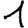
Digit: 1